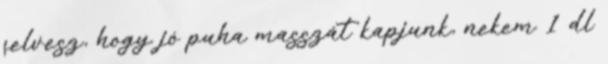
felvesz, hogy jó puha masszát kapjunk, nekem 1 dl